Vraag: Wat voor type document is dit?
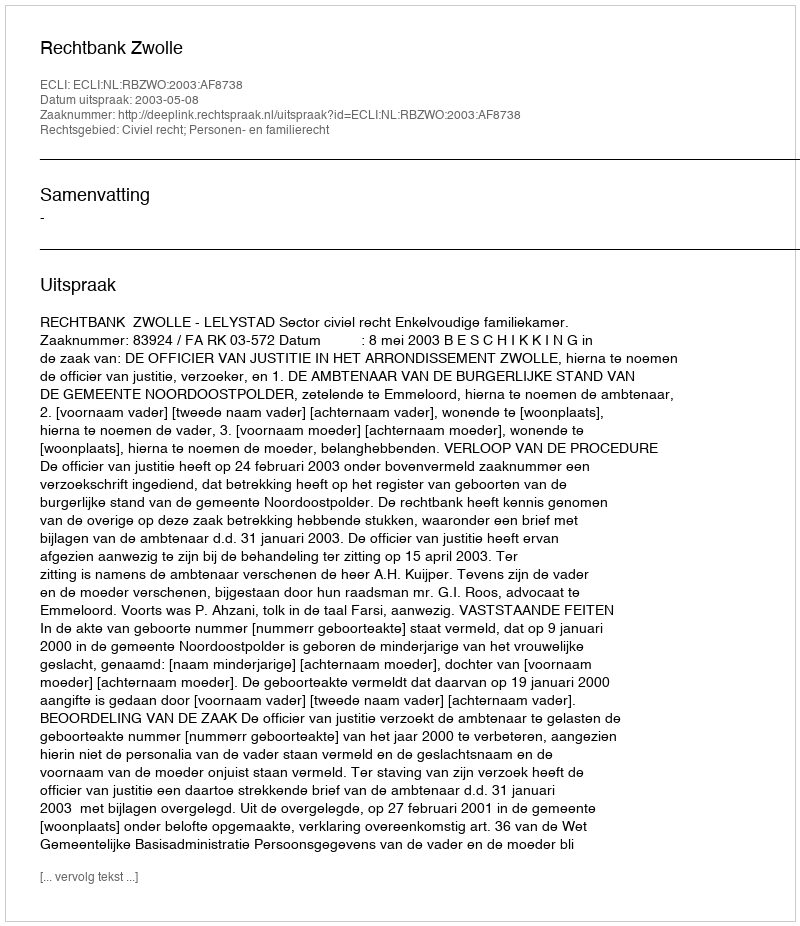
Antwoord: Uitspraak